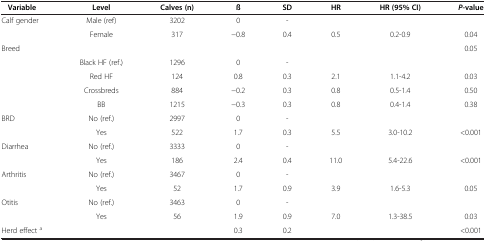
<table><thead><tr><td><b>Variable</b></td><td><b>Level</b></td><td><b>Calves (n)</b></td><td><b>ß</b></td><td><b>SD</b></td><td><b>HR</b></td><td><b>HR (95% CI)</b></td><td><b><i>P</i>-value</b></td></tr></thead><tbody><tr><td rowspan="2">Calf gender</td><td>Male (ref)</td><td>3202</td><td>0</td><td>-</td><td> </td><td> </td><td> </td></tr><tr><td>Female</td><td>317</td><td>−0.8</td><td>0.4</td><td>0.5</td><td>0.2-0.9</td><td>0.04</td></tr><tr><td>Breed</td><td> </td><td> </td><td> </td><td> </td><td> </td><td> </td><td>0.05</td></tr><tr><td rowspan="4"> </td><td>Black HF (ref.)</td><td>1296</td><td>0</td><td>-</td><td> </td><td> </td><td> </td></tr><tr><td>Red HF</td><td>124</td><td>0.8</td><td>0.3</td><td>2.1</td><td>1.1-4.2</td><td>0.03</td></tr><tr><td>Crossbreds</td><td>884</td><td>−0.2</td><td>0.3</td><td>0.8</td><td>0.5-1.4</td><td>0.50</td></tr><tr><td>BB</td><td>1215</td><td>−0.3</td><td>0.3</td><td>0.8</td><td>0.4-1.4</td><td>0.38</td></tr><tr><td rowspan="2">BRD</td><td>No (ref.)</td><td>2997</td><td>0</td><td>-</td><td> </td><td> </td><td> </td></tr><tr><td>Yes</td><td>522</td><td>1.7</td><td>0.3</td><td>5.5</td><td>3.0-10.2</td><td>&lt;0.001</td></tr><tr><td rowspan="2">Diarrhea</td><td>No (ref.)</td><td>3333</td><td>0</td><td>-</td><td> </td><td> </td><td> </td></tr><tr><td>Yes</td><td>186</td><td>2.4</td><td>0.4</td><td>11.0</td><td>5.4-22.6</td><td>&lt;0.001</td></tr><tr><td rowspan="2">Arthritis</td><td>No (ref.)</td><td>3467</td><td>0</td><td>-</td><td> </td><td> </td><td> </td></tr><tr><td>Yes</td><td>52</td><td>1.7</td><td>0.9</td><td>3.9</td><td>1.6-5.3</td><td>0.05</td></tr><tr><td rowspan="2">Otitis</td><td>No (ref.)</td><td>3463</td><td>0</td><td>-</td><td> </td><td> </td><td> </td></tr><tr><td>Yes</td><td>56</td><td>1.9</td><td>0.9</td><td>7.0</td><td>1.3-38.5</td><td>0.03</td></tr><tr><td>Herd effect <sup>a</sup></td><td> </td><td> </td><td>0.3</td><td>0.2</td><td> </td><td> </td><td>&lt;0.001</td></tr></tbody></table>